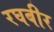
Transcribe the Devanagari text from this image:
रघबीर